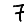
Digit: 7